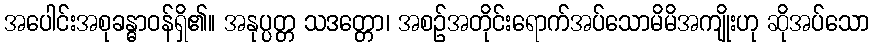
အပေါင်းအစုခန္ဓာဝန်ရှိ၏။ အနုပ္ပတ္တ သဒတ္တော၊ အစဉ်အတိုင်းရောက်အပ်သောမိမိအကျိုးဟု ဆိုအပ်သော